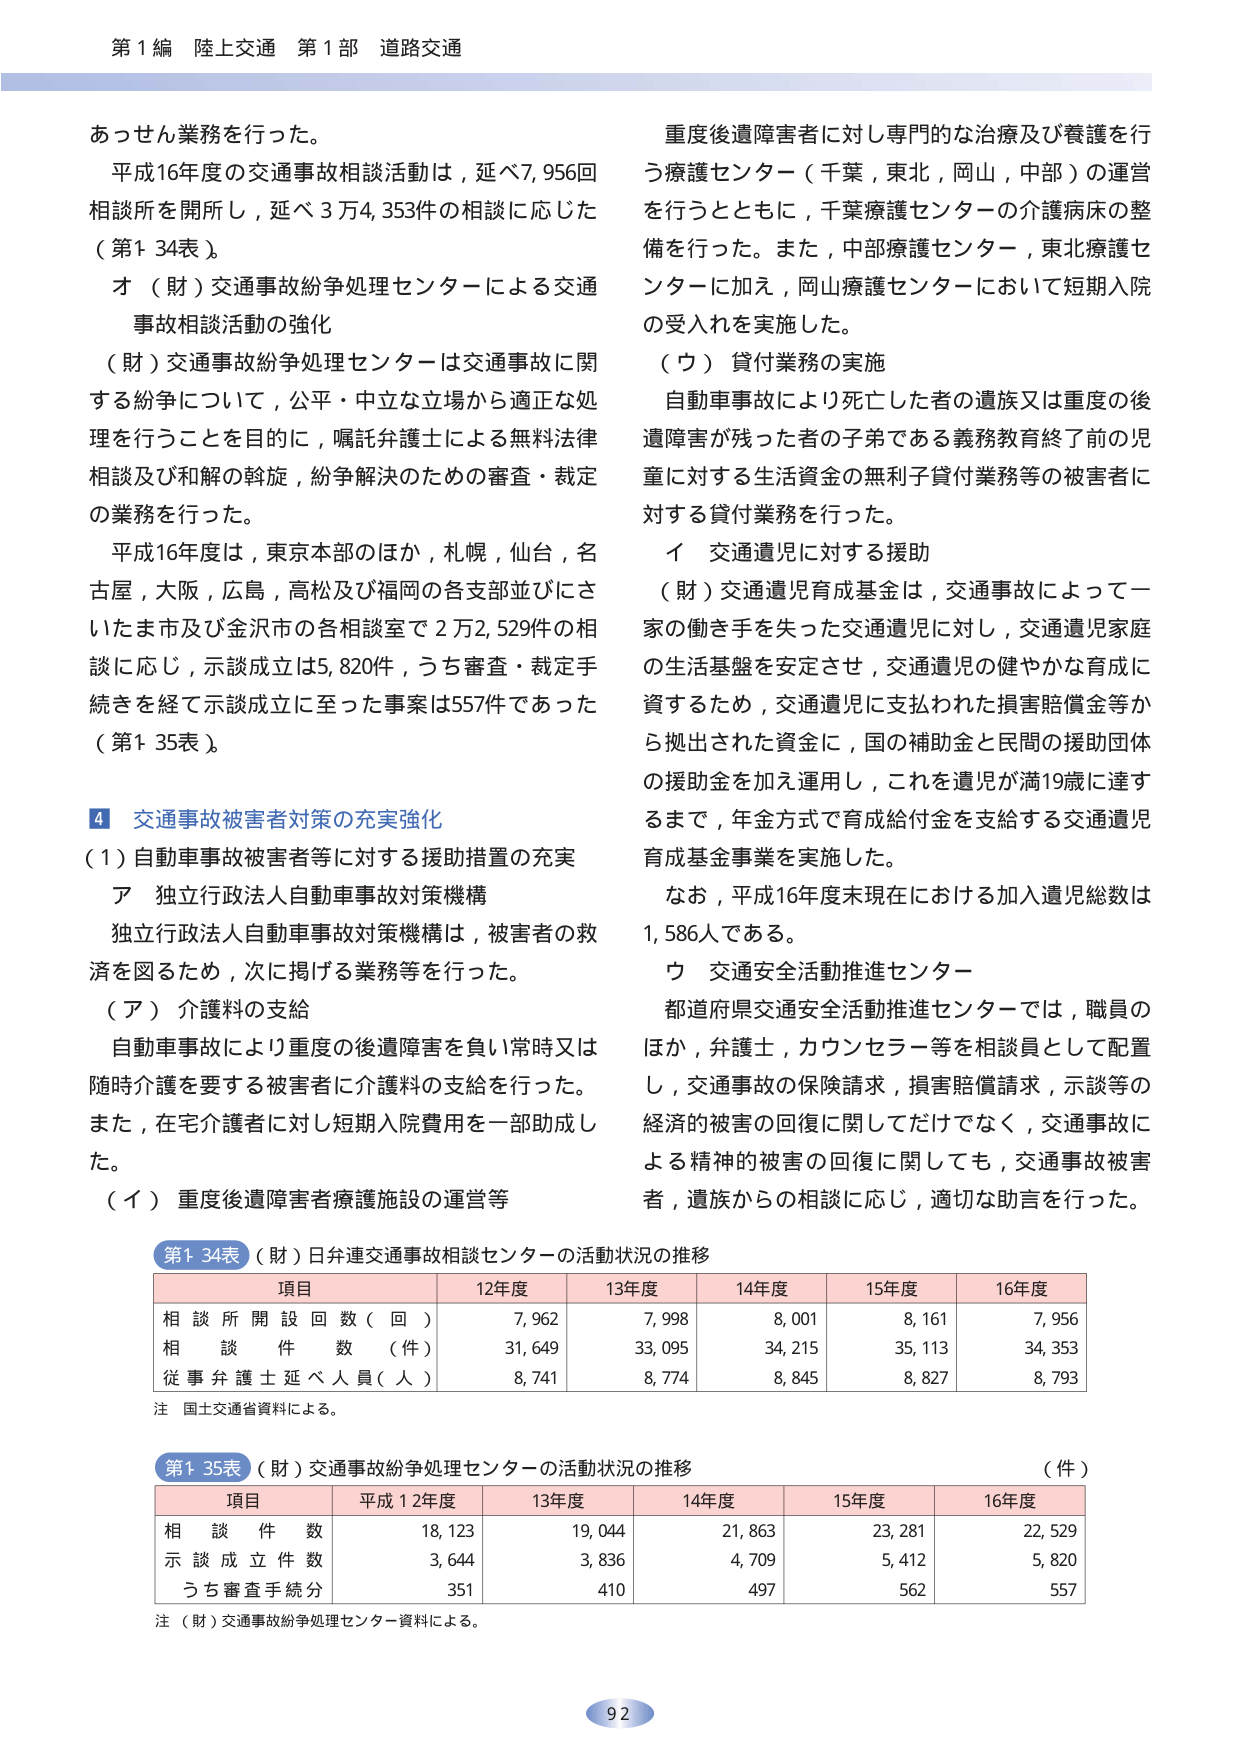
第1編 陸上交通 第1部 道路交通

あっせん業務を行った。
平成16年度の交通事故相談活動は，延べ7,956回相談所を開所し，延べ3万4,353件の相談に応じた（第1 34表）。
オ（財）交通事故紛争処理センターによる交通事故相談活動の強化
（財）交通事故紛争処理センターは交通事故に関する紛争について，公平・中立な立場から適正な処理を行うことを目的に，嘱託弁護士による無料法律相談及び和解の斡旋，紛争解決のための審査・裁定の業務を行った。
平成16年度は，東京本部のほか，札幌，仙台，名古屋，大阪，広島，高松及び福岡の各支部並びにさいたま市及び金沢市の各相談室で2万2,529件の相談に応じ，示談成立は5,820件，うち審査・裁定手続きを経て示談成立に至った事案は557件であった（第1 35表）。

4 交通事故被害者対策の充実強化
（1）自動車事故被害者等に対する援助措置の充実
ア 独立行政法人自動車事故対策機構
独立行政法人自動車事故対策機構は，被害者の救済を図るため，次に掲げる業務等を行った。
（ア）介護料の支給
自動車事故により重度の後遺障害を負い常時又は随時介護を要する被害者に介護料の支給を行った。また，在宅介護者に対し短期入院費用を一部助成した。
（イ）重度後遺障害者療護施設の運営等

第1 34表（財）日弁連交通事故相談センターの活動状況の推移
項目 12年度 13年度 14年度 15年度 16年度
相談所開設回数（回） 7,962 7,998 8,001 8,161 7,956
相談件数（件） 31,649 33,095 34,215 35,113 34,353
従事弁護士延べ人員（人） 8,741 8,774 8,845 8,827 8,793
注 国土交通省資料による。

第1 35表（財）交通事故紛争処理センターの活動状況の推移 （件）
項目 平成12年度 13年度 14年度 15年度 16年度
相談件数 18,123 19,044 21,863 23,281 22,529
示談成立件数 3,644 3,836 4,709 5,412 5,820
うち審査手続分 351 410 497 562 557
注（財）交通事故紛争処理センター資料による。

重度後遺障害者に対し専門的な治療及び養護を行う療護センター（千葉，東北，岡山，中部）の運営を行うとともに，千葉療護センターの介護病床の整備を行った。また，中部療護センター，東北療護センターに加え，岡山療護センターにおいて短期入院の受入れを実施した。
（ウ）貸付業務の実施
自動車事故により死亡した者の遺族又は重度の後遺障害が残った者の子弟である義務教育終了前の児童に対する生活資金の無利子貸付業務等の被害者に対する貸付業務を行った。
イ 交通遺児に対する援助
（財）交通遺児育成基金は，交通事故によって一家の働き手を失った交通遺児に対し，交通遺児家庭の生活基盤を安定させ，交通遺児の健やかな育成に資するため，交通遺児に支払われた損害賠償金等から拠出された資金に，国の補助金と民間の援助団体の援助金を加え運用し，これを遺児が満19歳に達するまで，年金方式で育成給付金を支給する交通遺児育成基金事業を実施した。
なお，平成16年度末現在における加入遺児総数は1,586人である。
ウ 交通安全活動推進センター
都道府県交通安全活動推進センターでは，職員のほか，弁護士，カウンセラー等を相談員として配置し，交通事故の保険請求，損害賠償請求，示談等の経済的被害の回復に関してだけでなく，交通事故による精神的被害の回復に関しても，交通事故被害者，遺族からの相談に応じ，適切な助言を行った。

92